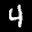
Label: 4